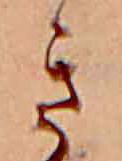
き